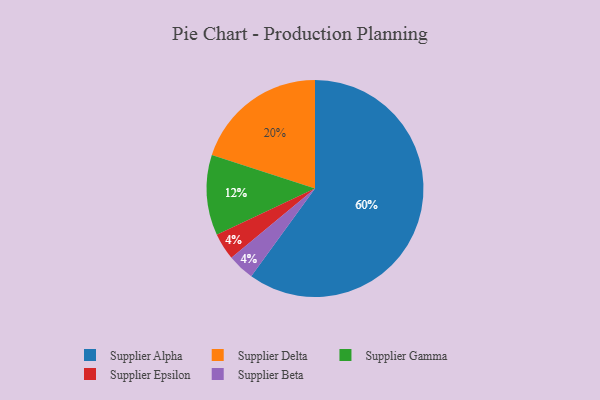
{"axis": {"x": "Category", "y": "Percentage"}, "legend": ["Supplier Alpha", "Supplier Beta", "Supplier Delta", "Supplier Epsilon", "Supplier Gamma"], "data": [{"x": "Supplier Gamma", "y": 12, "type": "Supplier Gamma"}, {"x": "Supplier Delta", "y": 20, "type": "Supplier Delta"}, {"x": "Supplier Epsilon", "y": 4, "type": "Supplier Epsilon"}, {"x": "Supplier Beta", "y": 4, "type": "Supplier Beta"}, {"x": "Supplier Alpha", "y": 60, "type": "Supplier Alpha"}]}